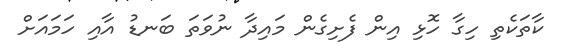
ކާތަކެތި ހިގާ ހޮޅި އިން ފެށިގެން މައިދާ ނުވަތަ ބަނޑު އާއި ހަމައަށް